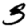
Digit: 3